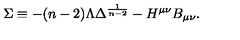
\Sigma \equiv - ( n - 2 ) \Lambda \Delta ^ { \frac { 1 } { n - 2 } } - H ^ { \mu \nu } B _ { \mu \nu } .